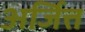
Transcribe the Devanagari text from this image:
अर्जित्त